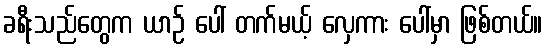
ခရီးသည်တွေက ယာဉ် ပေါ် တက်မယ့် လှေကား ပေါ်မှာ ဖြစ်တယ်။